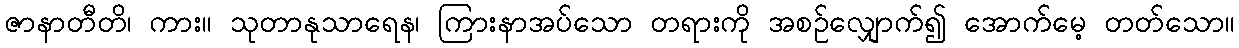
ဇာနာတီတိ၊ ကား။ သုတာနုသာရေန၊ ကြားနာအပ်သော တရားကို အစဉ်လျှောက်၍ အောက်မေ့ တတ်သော။